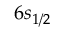
6 s _ { 1 / 2 }